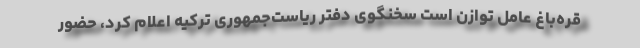
قره‌باغ عامل توازن است سخنگوی دفتر ریاست‌جمهوری ترکیه اعلام کرد، حضور